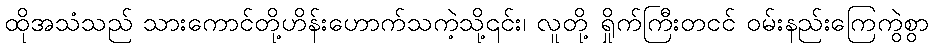
ထိုအသံသည် သားကောင်တို့ဟိန်းဟောက်သကဲ့သို့၎င်း၊ လူတို့ ရှိုက်ကြီးတငင် ဝမ်းနည်းကြေကွဲစွာ